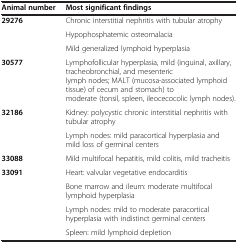
<table><thead><tr><td><b>Animal number</b></td><td><b>Most significant findings</b></td></tr></thead><tbody><tr><td rowspan="3"><b>29276</b></td><td>Chronic interstitial nephritis with tubular atrophy</td></tr><tr><td>Hypophosphatemic osteomalacia</td></tr><tr><td>Mild generalized lymphoid hyperplasia</td></tr><tr><td><b>30577</b></td><td>Lymphofollicular hyperplasia, mild (inguinal, axillary, tracheobronchial, and mesenteric lymph nodes; MALT (mucosa-associated lymphoid tissue) of cecum and stomach) to moderate (tonsil, spleen, ileocecocolic lymph nodes).</td></tr><tr><td rowspan="2"><b>32186</b></td><td>Kidney: polycystic chronic interstitial nephritis with tubular atrophy</td></tr><tr><td>Lymph nodes: mild paracortical hyperplasia and mild loss of germinal centers</td></tr><tr><td><b>33088</b></td><td>Mild multifocal hepatitis, mild colitis, mild tracheitis</td></tr><tr><td><b>33091</b></td><td>Heart: valvular vegetative endocarditis</td></tr><tr><td> </td><td>Bone marrow and ileum: moderate multifocal lymphoid hyperplasia</td></tr><tr><td> </td><td>Lymph nodes: mild to moderate paracortical hyperplasia with indistinct germinal centers</td></tr><tr><td> </td><td>Spleen: mild lymphoid depletion</td></tr></tbody></table>